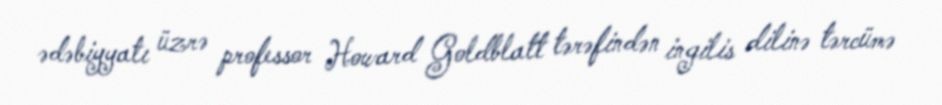
ədəbiyyatı üzrə professor Howard Goldblatt tərəfindən ingilis dilinə tərcümə